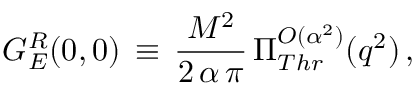
G _ { E } ^ { R } ( 0 , 0 ) \, \equiv \, \frac { M ^ { 2 } } { 2 \, \alpha \, \pi } \, \Pi _ { T h r } ^ { { \cal { O } } ( \alpha ^ { 2 } ) } ( q ^ { 2 } ) \, ,